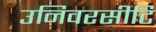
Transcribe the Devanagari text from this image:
उनिवरसीटि